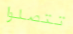
تتصلوا